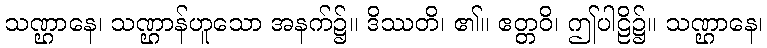
သဏ္ဌာနေ၊ သဏ္ဌာန်ဟူသော အနက်၌။ ဒိဿတိ၊ ၏။ ဧတ္တဝိ၊ ဤပါဠိ၌။ သဏ္ဌာနေ၊